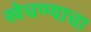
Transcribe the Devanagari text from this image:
खेचण्याचा